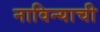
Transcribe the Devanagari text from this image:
नाविन्याची